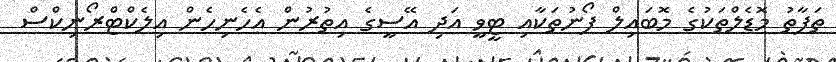
ތަފާތު މޮޑެލްތަކުގެ މޮބައިލް ފޯނުތަކާއި ޓީވީ އަދި އޭސީގެ އިތުރުން އެހެނިހެން އިލެކްޓްރޯނިކްސް